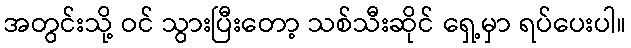
အတွင်းသို့ ဝင် သွားပြီးတော့ သစ်သီးဆိုင် ရှေ့မှာ ရပ်ပေးပါ။